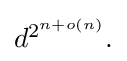
{\textstyle d^{2^{n+o(n)}}.}